65_HS1-834228961_62-HQ-83894_Section_7
Agency: FBI
Page 11
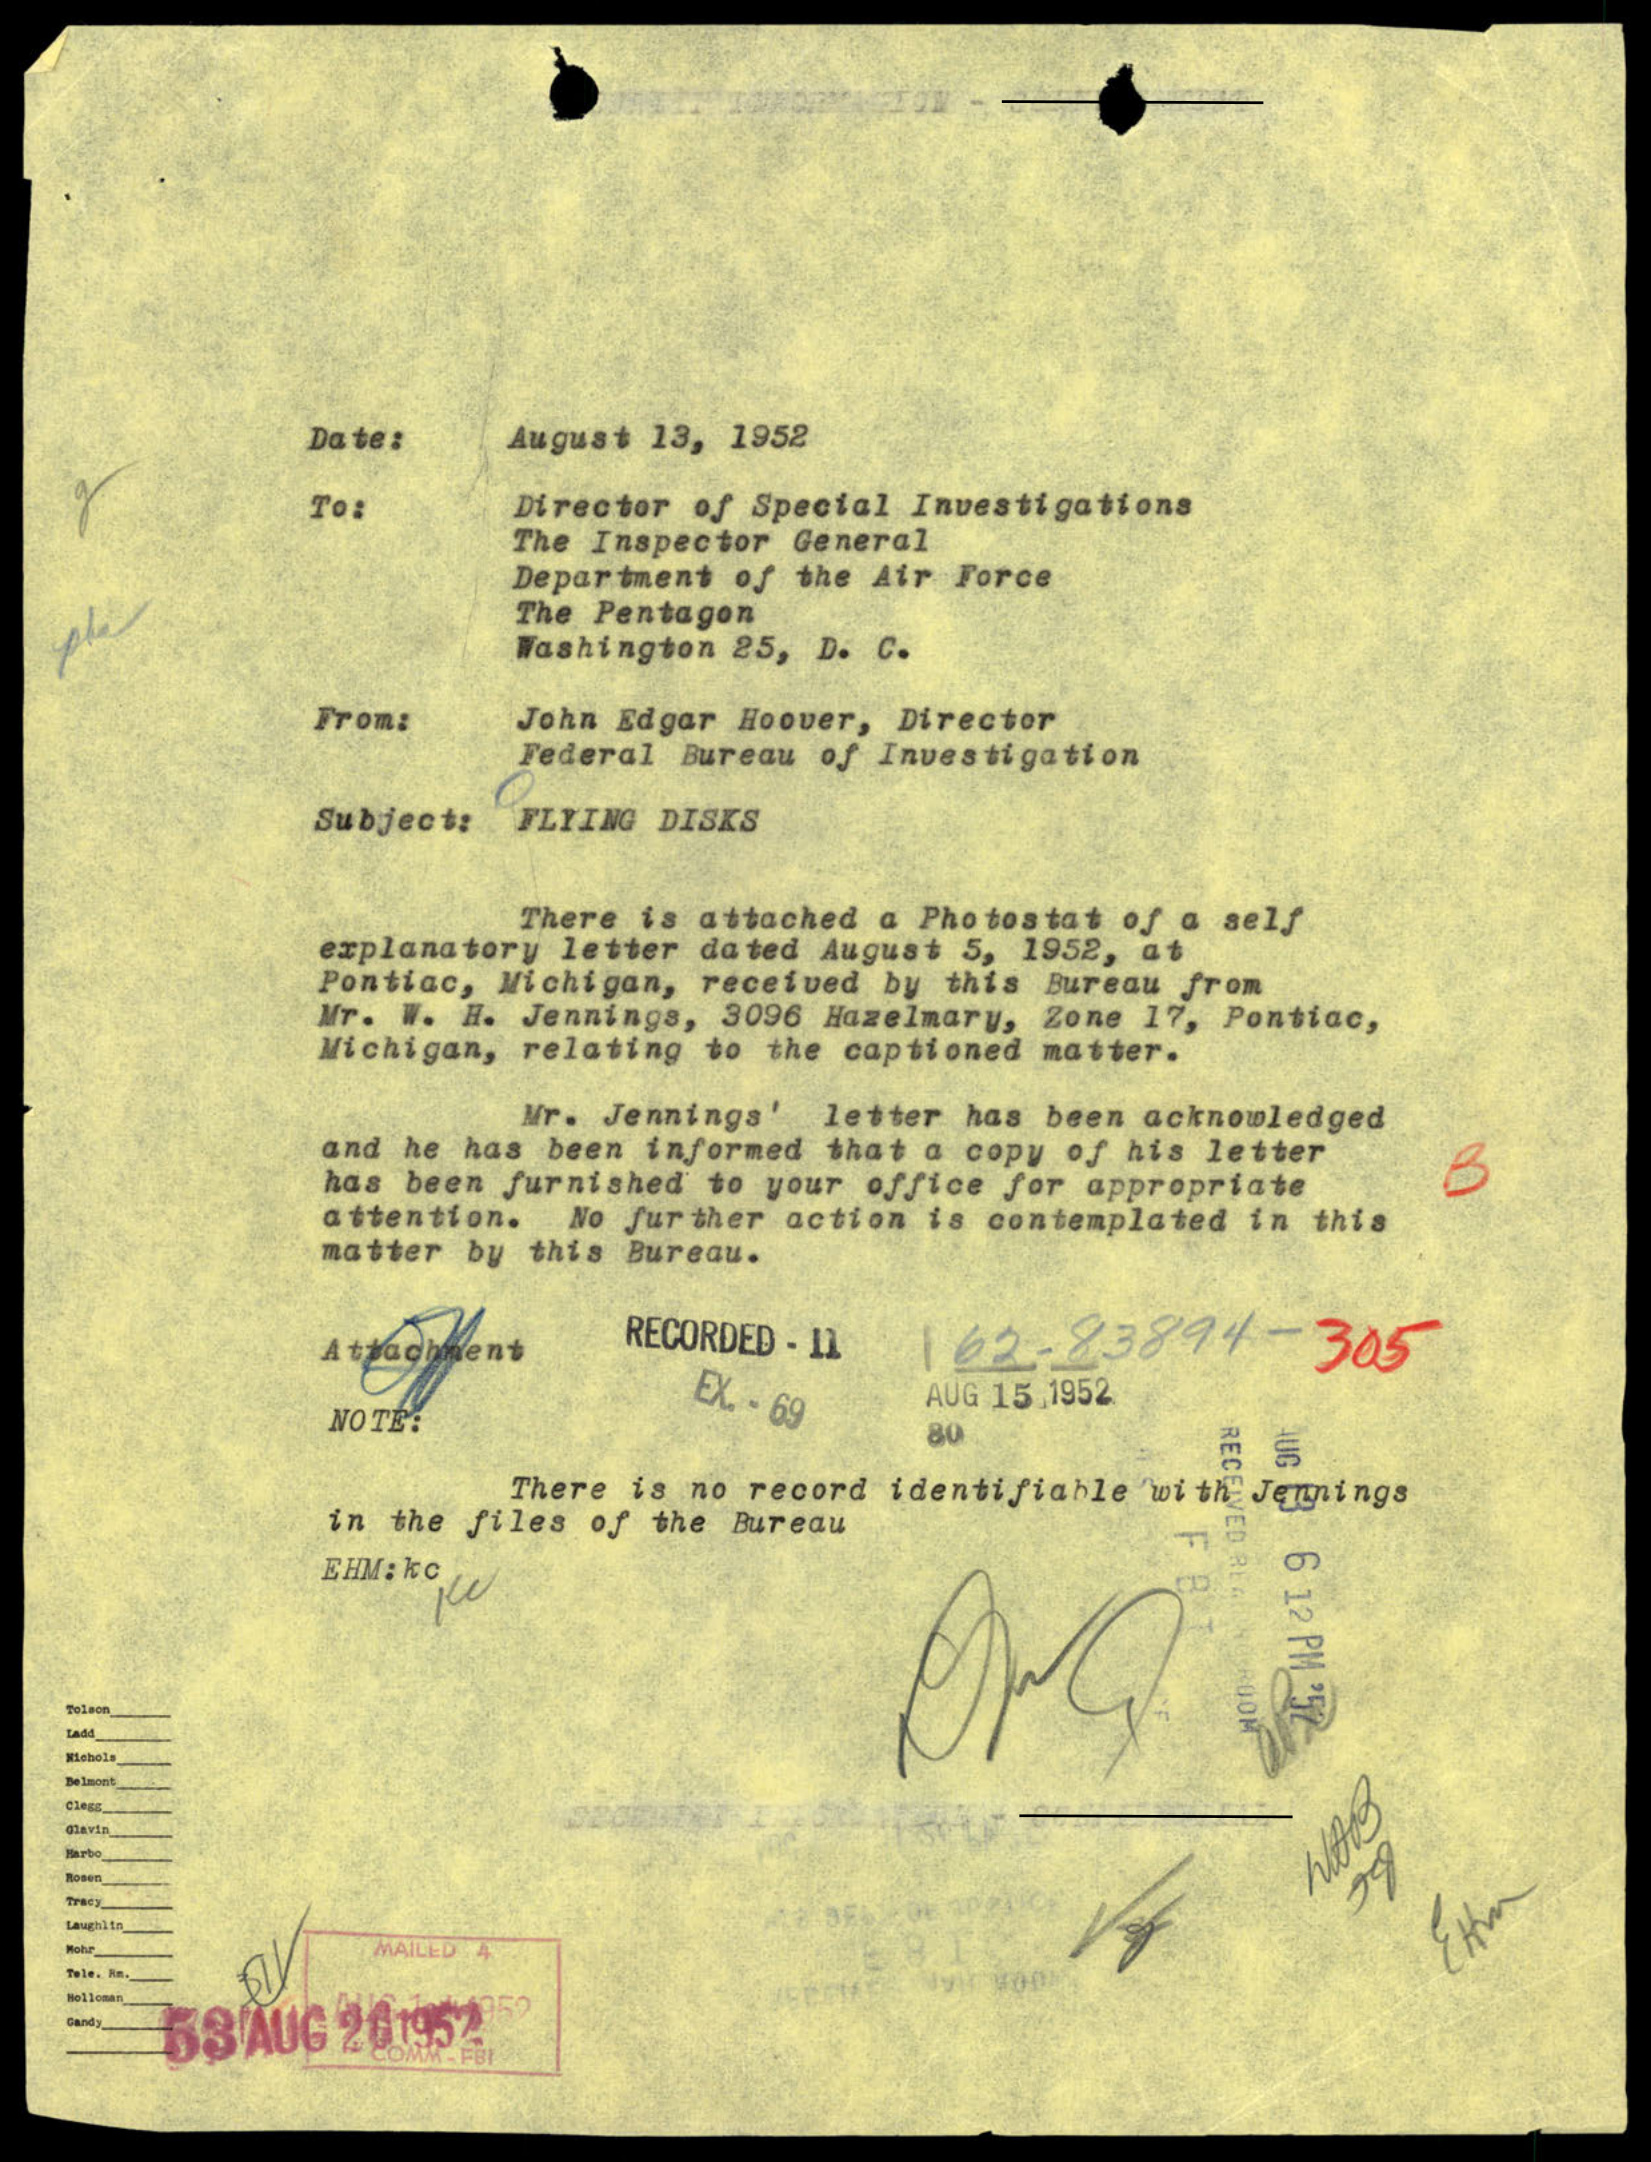